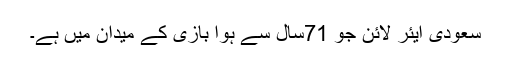
سعودی ایئر لائن جو 71سال سے ہوا بازی کے میدان میں ہے۔